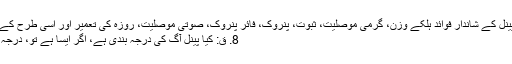
A: ہمارے پینل کے شاندار فوائد ہلکے وزن، گرمی موصلیت، ثبوت، پنروک، فائر پنروک، صوتی موصلیت، روزہ کی تعمیر اور اسی طرح کے ہیں.
8. ق: کیا پینل آگ کی درجہ بندی ہے، اگر ایسا ہے تو، درجہ کیا ہے؟